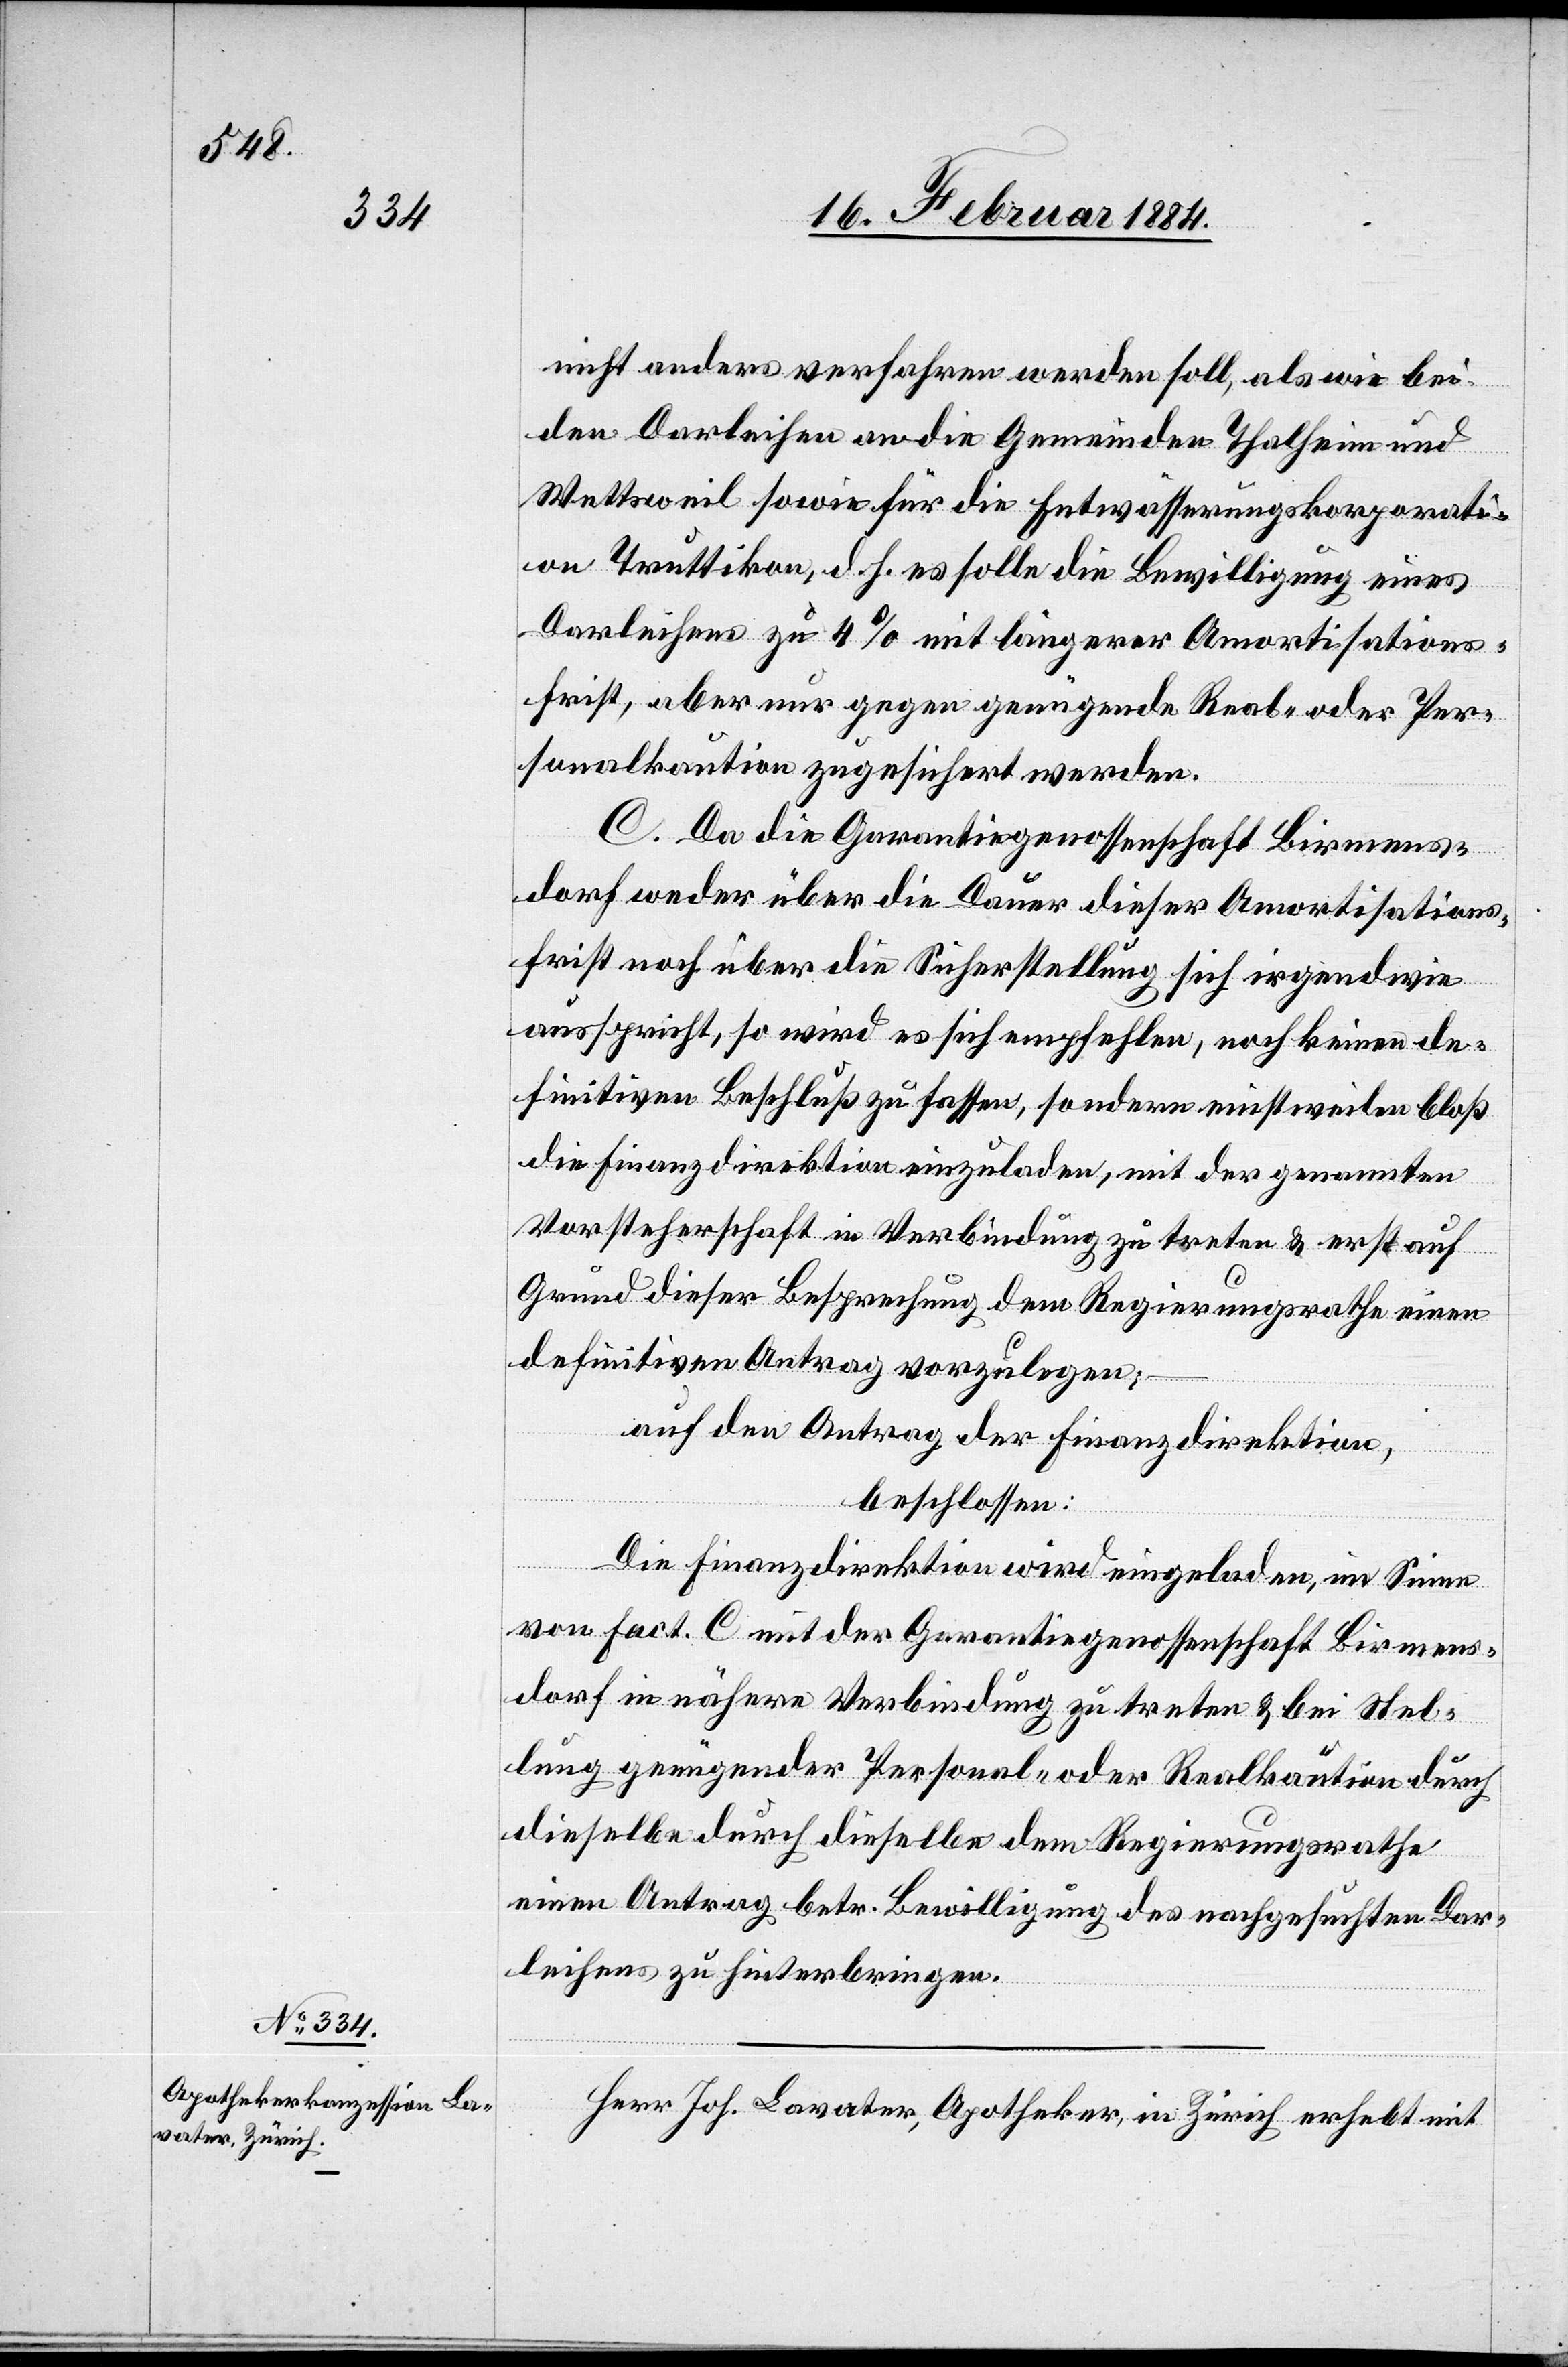
nicht anders verfahren werden soll, als wie bei
den Darleihen an die Gemeinden Thalheim und
Wettsweil sowie für die Entwässerungskorporati¬
on Truttikon, d. h. es solle die Bewilligung eines
Darleihens zu 4% mit längerer Amortisations¬
frist, aber nur gegen genügende Real- oder Per¬
sonalkaution zugesichert werden.
C. Da die Garantiegenossenschaft Birmens¬
dorf weder über die Dauer dieser Amortisations¬
frist noch über die Sicherstellung sich irgendwie
ausspricht, so wird es sich empfehlen, noch keinen de¬
finitiven Beschluß zu fassen, sondern einstweilen bloß
die Finanzdirektion einzuladen, mit der genannten
Vorsteherschaft in Verbindung zu treten & erst auf
Grund dieser Besprechung dem Regierungsrathe einen
definitiven Antrag vorzulegen;
auf den Antrag der Finanzdirektion,
beschlossen:
Die Finanzdirektion wird eingeladen, im Sinne
von Fact. C mit der Garantiegenossenschaft Birmens¬
dorf in nähere Verbindung zu treten & bei Stel¬
lung genügender Personal- oder Realkaution durch
dieselbe durch dieselbe [sic!] dem Regierungsrathe
einen Antrag betr. Bewilligung des nachgesuchten Dar¬
leihens zu hinterbringen.
Herr Joh. Lavater, Apotheker, in Zürich, erhebt mit